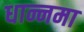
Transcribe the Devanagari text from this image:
धान्नमा